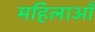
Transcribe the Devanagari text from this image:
महिलाऑँ